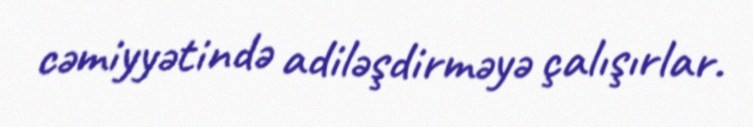
cəmiyyətində adiləşdirməyə çalışırlar.